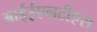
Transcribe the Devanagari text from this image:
आईईएलटीएस